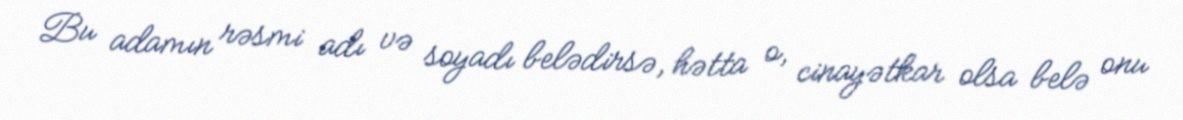
Bu adamın rəsmi adı və soyadı belədirsə, hətta o, cinayətkar olsa belə onu